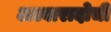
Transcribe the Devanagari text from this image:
अल्वारादोची